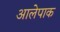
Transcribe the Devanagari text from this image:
आलेपाक